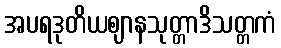
အပရဒုတိယဈာနသုတ္တာဒိသတ္တကံ